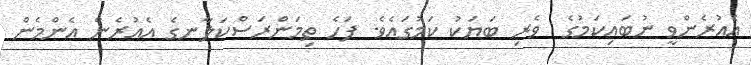
އެއުރެންވީ ނުބައިކަމުގެ  ވެރި ބަޔަކު ކަމުގައެވެ. ފަހެ ތިމަންރަސްކަލާނގެ އެއުރެން އެންމެން